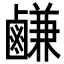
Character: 鹻